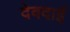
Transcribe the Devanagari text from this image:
देवदाई